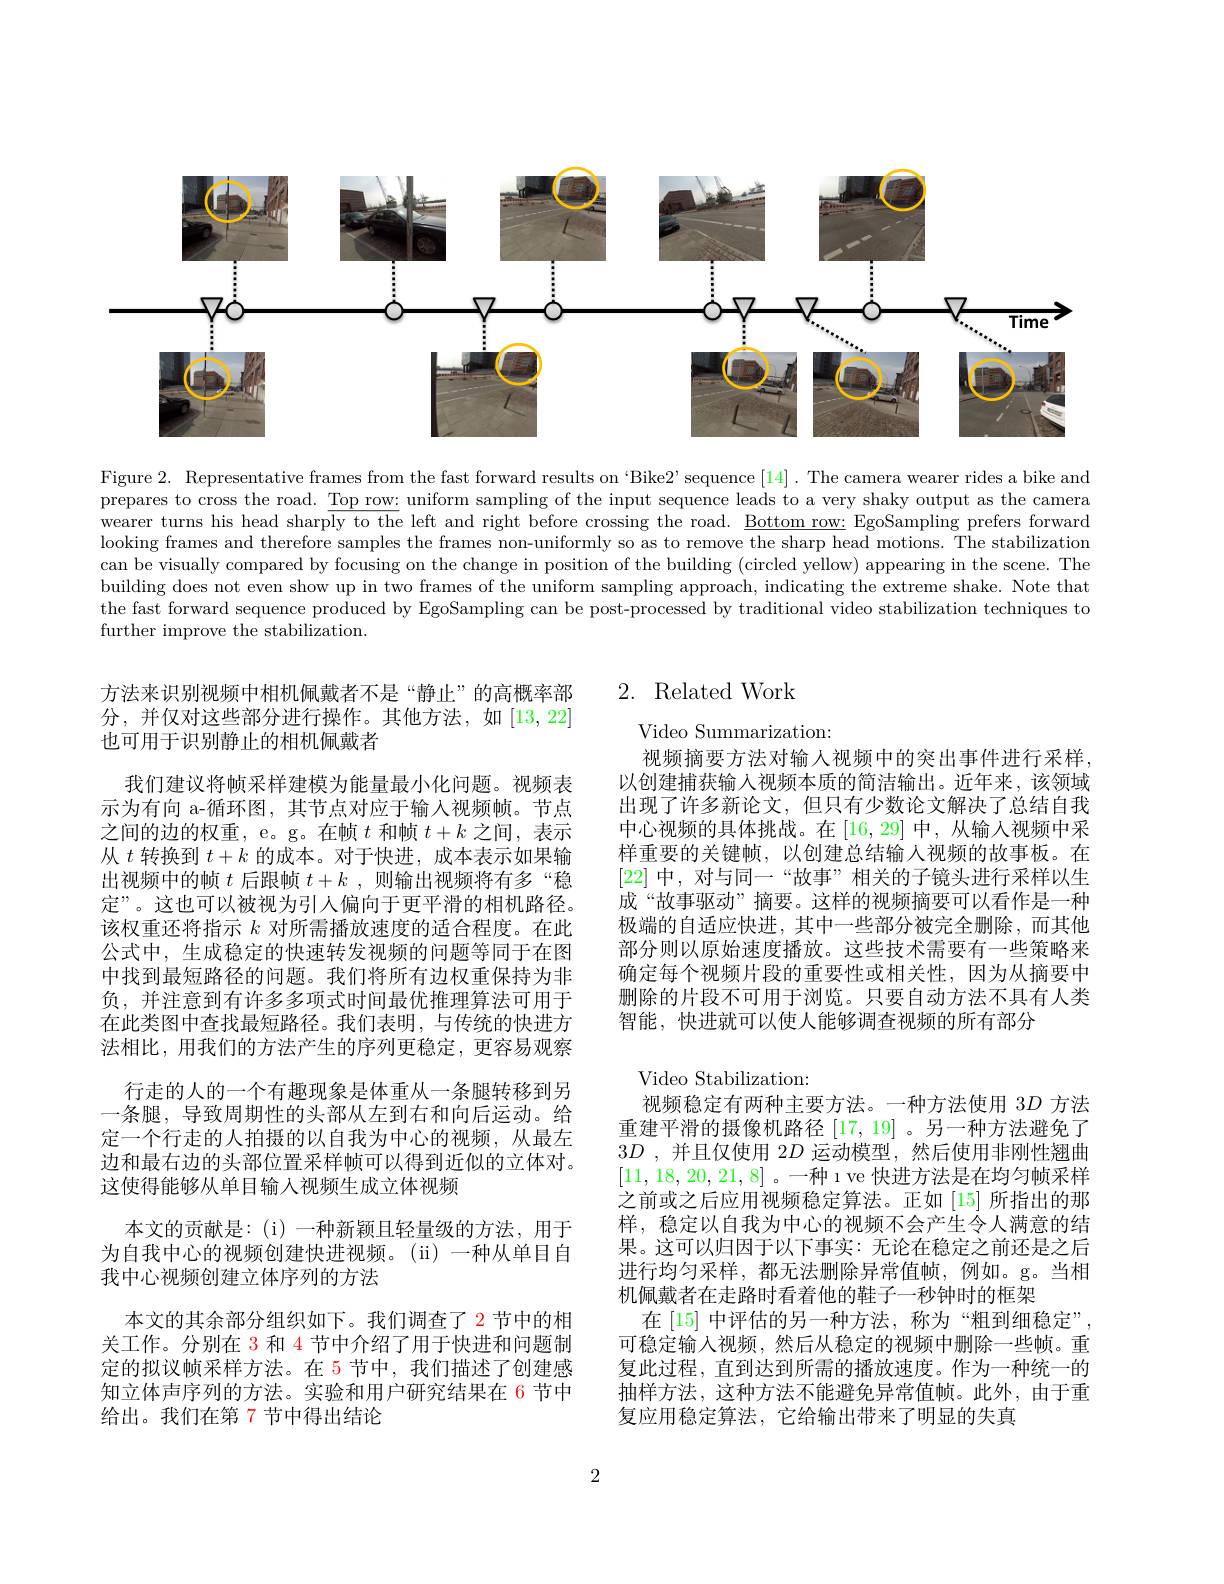
<FigureHere>

Figure 2. Representative frames from the fast forward results on 'Bike2'sequence [14]. The camera wearer rides a bike and prepares to cross the road. $\underline\text{Top row: uniform sampling of the input sequence leads to a very shaky output as the camerad. Top row: uniform sampling of the input sequence leads to a very shaky output as the camerad. To prepares tores the ores the canera$ wearer turns his head sharply to the left and right before crossing the road. Bottom row: EgoSampling prefers forward looking frames and therefore samples the frames non-uniformly so as to remove the sharp head motions. The stabilization can be visually compared by focusing on the change in position of the building (circled yellow) appearing in the scene. The building does not even show up in two frames of the uniform sampling approach, indicating the extreme shake. Note that the fast forward sequence produced by EgoSampling can be post-processed by traditional video stabilization techniques to further improve the stabilization.

## 2. Related Work

Video Summarization:
视频摘要方法对输人视频中的突出事件进行采样以创建捕获输人视频本质的简洁输出。近年来，该领域出现了许多新论文，但只有少数论文解决了总结自我中心视频的具体挑战。在[16,29] 中，从输入视频中采样重要的关键帧，以创建总结输人视频的故事板。在[22]中，对与同一“故事”相关的子镜头进行采样以生成“故事驱动”摘要。这样的视频摘要可以看作是一种极端的自适应快进，其中一些部分被完全删除，而其他部分则以原始速度播放。这些技术需要有一些策略来确定每个视频片段的重要性或相关性，因为从摘要中删除的片段不可用于浏览。只要自动方法不具有人类智能，快进就可以使人能够调查视频的所有部分

方法来识别视频中相机佩戴者不是“静止”的高概率部分，并仅对这些部分进行操作。其他方法，如[13,22] 也可用于识别静止的相机佩戴者
我们建议将帧采样建模为能量最小化问题。视频表示为有向 a-循环图，其节点对应于输入视频帧。节点之间的边的权重，e。g。在帧$t$和帧$t+k$之间，表示从$t$转换到$t+k$的成本。对于快进，成本表示如果输出视频中的帧$t+k$,则输出视频将有多“稳定”。这也可以被视为引人偏向于更平滑的相机路径。该权重还将指示$k$对所需播放速度的适合程度。在此公式中，生成稳定的快速转发视频的问题等同于在图中找到最短路径的问题。我们将所有边权重保持为非负，并注意到有许多多项式时间最优推理算法可用于在此类图中查找最短路径。我们表明，与传统的快进方法相比，用我们的方法产生的序列更稳定，更容易观察
行走的人的一个有趣现象是体重从一条腿转移到另一条腿，导致周期性的头部从左到右和向后运动。给定一个行走的人拍摄的以自我为中心的视频，从最左边和最右边的头部位置采样帧可以得到近似的立体对。这使得能够从单目输入视频生成立体视频
本文的贡献是：(i)一种新颖且轻量级的方法，用于为自我中心的视频创建快进视频。(ii)一种从单目自我中心视频创建立体序列的方法
本文的其余部分组织如下。我们调查了$\color{red}{2}$节中的相关工作。分别在 3 和 4 节中介绍了用于快进和问题制定的拟议帧采样方法。在 5 节中，我们描述了创建感知立体声序列的方法。实验和用户研究结果在 6 节中给出。我们在第 7 节中得出结论

Video Stabilization:
视频稳定有两种主要方法。一种方法使用 3$D$方法重建平滑的摄像机路径[17,19] 。另一种方法避免了$3D$ ,并且仅使用 2$D$运动模型，然后使用非刚性翘曲[11,18,20,21,8] 。一种 ı ve 快进方法是在均匀帧采样之前或之后应用视频稳定算法。正如[15] 所指出的那样，稳定以自我为中心的视频不会产生令人满意的结果。这可以归因于以下事实：无论在稳定之前还是之后进行均匀采样，都无法删除异常值帧，例如。g。当相机佩戴者在走路时看着他的鞋子一秒钟时的框架
在 [15] 中评估的另一种方法，称为“粗到细稳定”, 可稳定输入视频，然后从稳定的视频中删除一些帧。重复此过程，直到达到所需的播放速度。作为一种统一的抽样方法，这种方法不能避免异常值帧。此外，由于重复应用稳定算法，它给输出带来了明显的失真

2